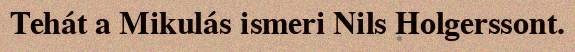
Tehát a Mikulás ismeri Nils Holgerssont.